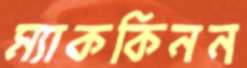
ম্যাককিনন